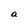
Character: a